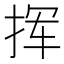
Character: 挥